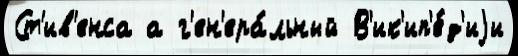
Ст'ив'енса а г'ен'ера́льный В'ик'ип'е́д'иjи